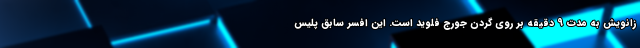
زانویش به مدت 9 دقیقه بر روی گردن جورج فلوید است. این افسر سابق پلیس